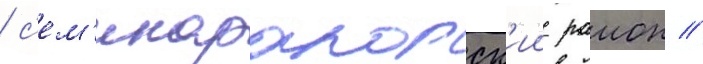
/ с'ем'икаракорск'ии раион /